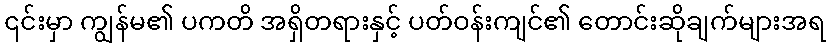
၎င်းမှာ ကျွန်မ၏ ပကတိ အရှိတရားနှင့် ပတ်ဝန်းကျင်၏ တောင်းဆိုချက်များအရ